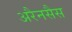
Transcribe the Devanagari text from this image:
अरैनसैस